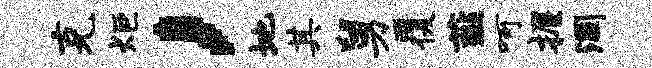
克炬，地其舅覆薤呵握涸